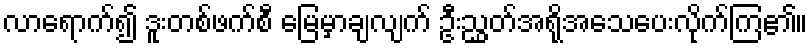
လာရောက်၍ ဒူးတစ်ဖက်စီ မြေမှာချလျက် ဦးညွှတ်အရိုအသေပေးလိုက်ကြ၏။